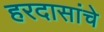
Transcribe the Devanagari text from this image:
हरदासांचे